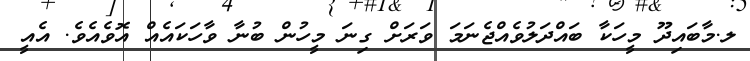
ލ.މާބައިދޫ މީހަކާ ބައްދަލުވެއްޖެނަމަ ވަރަށް ގިނަ މީހުން ބުނާ ވާހަކައެއް އޮވެއެވެ. އެއީ